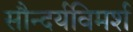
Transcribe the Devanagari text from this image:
सौन्दर्यविमर्श